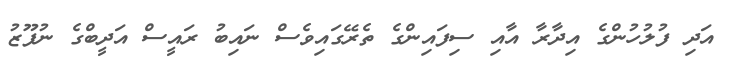
އަދި ފުލުހުންގެ އިދާރާ އާއި ސިފައިންގެ ތެރޭގައިވެސް ނައިބު ރައީސް އަދީބްގެ ނުފޫޒު